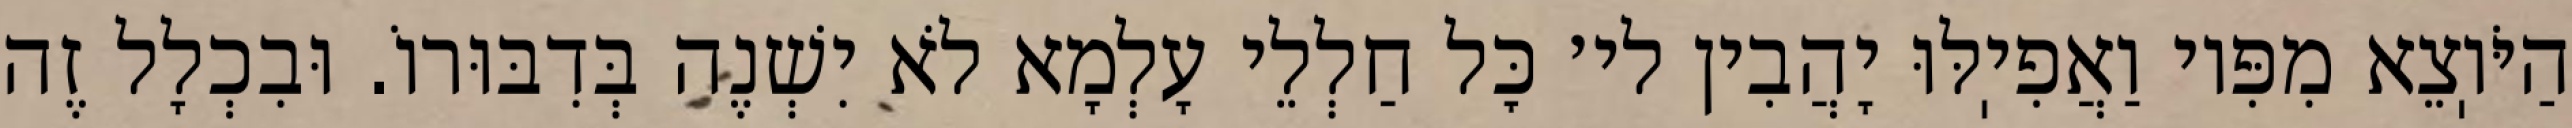
הַיֹּוֽצֵא מִפִּיו וַאֲפִיֽלּוּ יָהֲבִין לי׳ כׇּל חַלְלֵי עָלְמָא לֹא יִשְׁנֶה בְּדִבּוּרוֹ. וּבִכְלָל זֶה